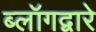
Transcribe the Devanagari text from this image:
ब्लॉगद्वारे